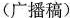
（广播稿）